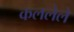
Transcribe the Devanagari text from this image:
कललेले